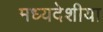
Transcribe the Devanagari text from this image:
मध्यदेशीया